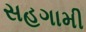
સહગામી